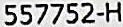
557752-H